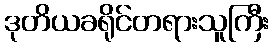
ဒုတိယခရိုင်တရားသူကြီး